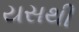
યસથી